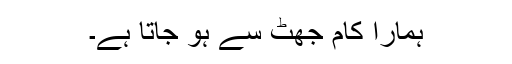
ہمارا کام جھٹ سے ہو جاتا ہے۔